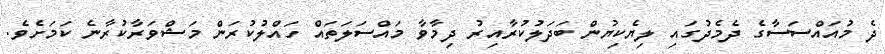
ދެ މުއައްސަސާގެ ދެމެދުގައި ލިޔެކިޔުން ބަދަލުކުރާއިރު ދިމާވާ މައްސަލަތައް ހައްލުކުރަން މަޝްވަރާކުރާނެ ކަމަށެވެ.